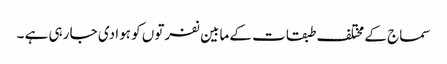
سماج کے مختلف طبقات کے مابین نفرتوں کو ہوا دی جا رہی ہے ۔